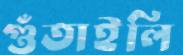
গুঁতাইলি